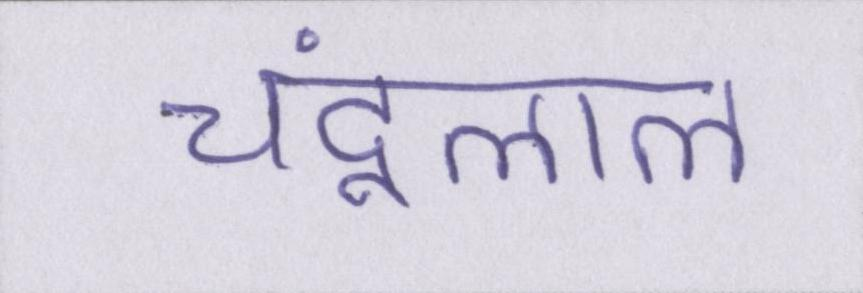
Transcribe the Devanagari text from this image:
चंदूलाल